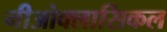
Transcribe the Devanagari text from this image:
नीओक्लासिकल